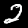
Label: 2